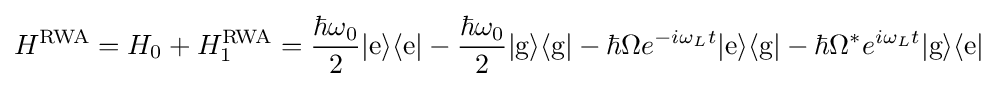
H^{\text{RWA}}=H_{0}+H_{1}^{\text{RWA}}={\frac {\hbar \omega _{0}}{2}}|{\text{e}}\rangle \langle {\text{e}}|-{\frac {\hbar \omega _{0}}{2}}|{\text{g}}\rangle \langle {\text{g}}|-\hbar \Omega e^{-i\omega _{L}t}|{\text{e}}\rangle \langle {\text{g}}|-\hbar \Omega ^{*}e^{i\omega _{L}t}|{\text{g}}\rangle \langle {\text{e}}|